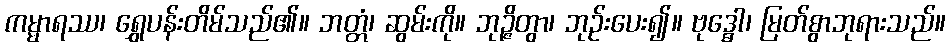
ကမ္မာရဿ၊ ရွှေပန်းတိမ်သည်၏။ ဘတ္တံ၊ ဆွမ်းကို။ ဘုဉ္ဇိတွာ၊ ဘုဉ်းပေး၍။ ဗုဒ္ဓေါ၊ မြတ်စွာဘုရားသည်။